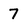
Character: 7